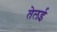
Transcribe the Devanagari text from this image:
तेलई